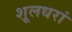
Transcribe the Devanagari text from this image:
शूलधरां